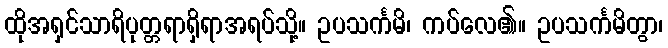
ထိုအရှင်သာရိပုတ္တရာရှိရာအရပ်သို့။ ဥပသင်္ကမိ၊ ကပ်လေ၏။ ဥပသင်္ကမိတွာ၊